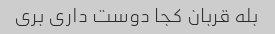
بله قربان کجا دوست داری بری